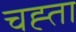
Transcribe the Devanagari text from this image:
चह्ता